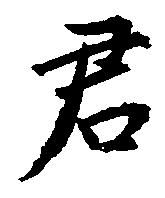
君